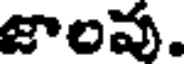
జాంవు.